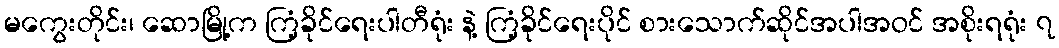
မကွေးတိုင်း၊ ဆောမြို့က ကြံ့ခိုင်ရေးပါတီရုံး နဲ့ ကြံ့ခိုင်ရေးပိုင် စားသောက်ဆိုင်အပါအဝင် အစိုးရရုံး ၇